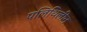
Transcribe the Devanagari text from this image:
पलिथिलीन